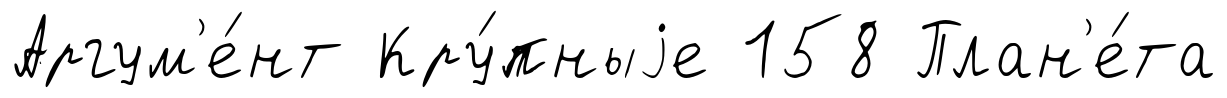
Аргум'е́нт Кру́пныjе 158 План'е́та